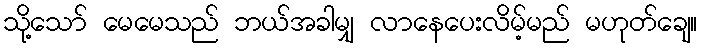
သို့သော် မေမေသည် ဘယ်အခါမျှ လာနေပေးလိမ့်မည် မဟုတ်ချေ။